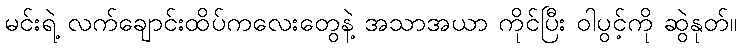
မင်းရဲ့ လက်ချောင်းထိပ်ကလေးတွေနဲ့ အသာအယာ ကိုင်ပြီး ဝါပွင့်ကို ဆွဲနုတ်။